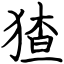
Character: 猹